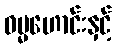
ဓမ္မဟောင်းနှင့်